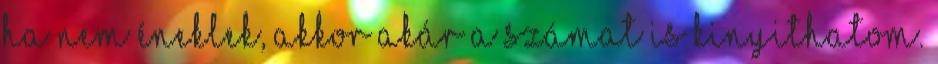
ha nem éneklek, akkor akár a számat is kinyithatom.